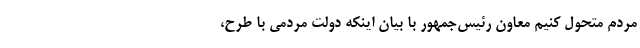
مردم متحول کنیم معاون رئیس‌جمهور با بیان اینکه دولت مردمی با طرح،